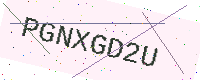
Text: PGNXGD2U